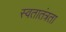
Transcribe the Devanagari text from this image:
स्वतातंत्रता